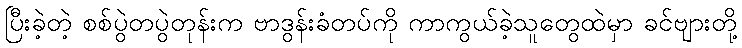
ပြီးခဲ့တဲ့ စစ်ပွဲတပွဲတုန်းက ဗာဒွန်းခံတပ်ကို ကာကွယ်ခဲ့သူတွေထဲမှာ ခင်ဗျားတို့